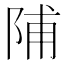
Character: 陠